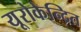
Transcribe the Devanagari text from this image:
यूरोकेन्द्रित